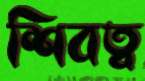
শিবত্ব